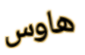
هاوس